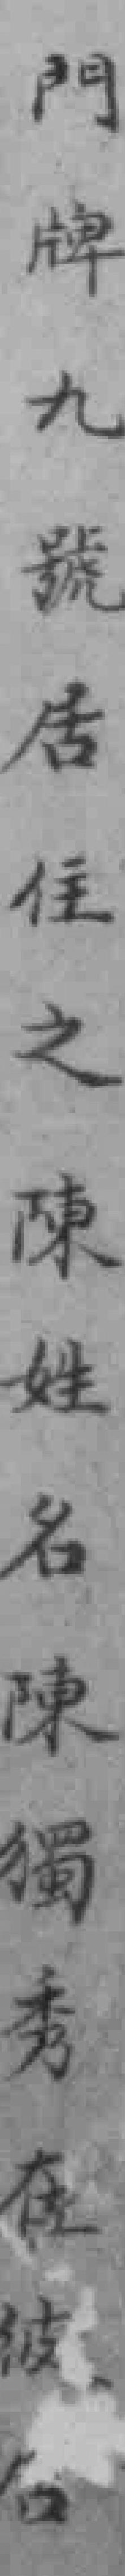
門牌九號居住之陳姓名陳獨秀在*